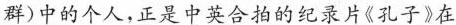
群)中的个人，正是中英合拍的纪录片《孔子》在